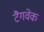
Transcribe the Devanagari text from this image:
टैगवेक